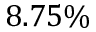
8 . 7 5 \%